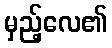
မှည့်လေ၏